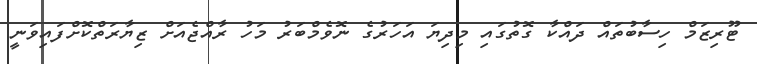
ޓޫރިޒަމް ހިސާބުތައް ދައްކާ ގޮތުގައި މިދިޔަ އަހަރުގެ ނޮވެމްބަރު މަހު ރާއްޖެއަށް ޒިޔާރަތްކޮށްފައިވަނީ